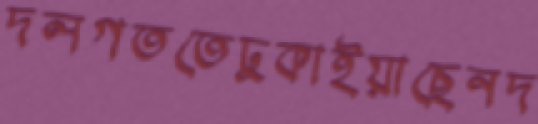
দলগততেঢুকাইয়াছেনদ